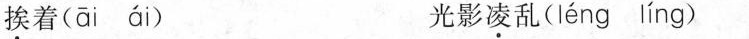
挨着(āiái) 光影凌乱( léng líng )